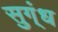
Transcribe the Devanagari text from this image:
सुग्ंध